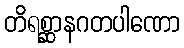
တိရစ္ဆာနဂတပါဏော